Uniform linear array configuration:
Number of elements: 4
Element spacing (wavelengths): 1
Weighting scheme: hann
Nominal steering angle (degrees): -30
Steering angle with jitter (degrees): -31.869
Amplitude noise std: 0.05
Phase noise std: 0.05

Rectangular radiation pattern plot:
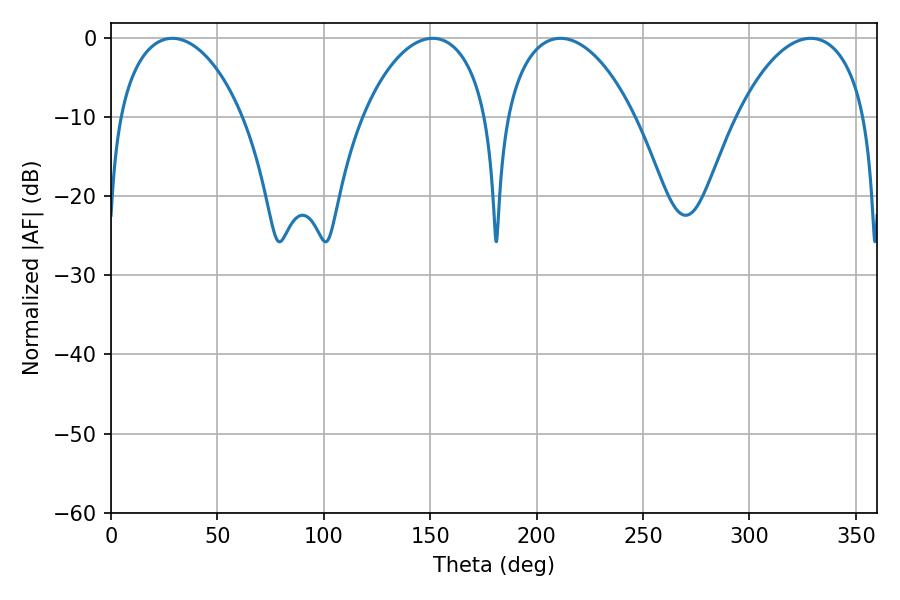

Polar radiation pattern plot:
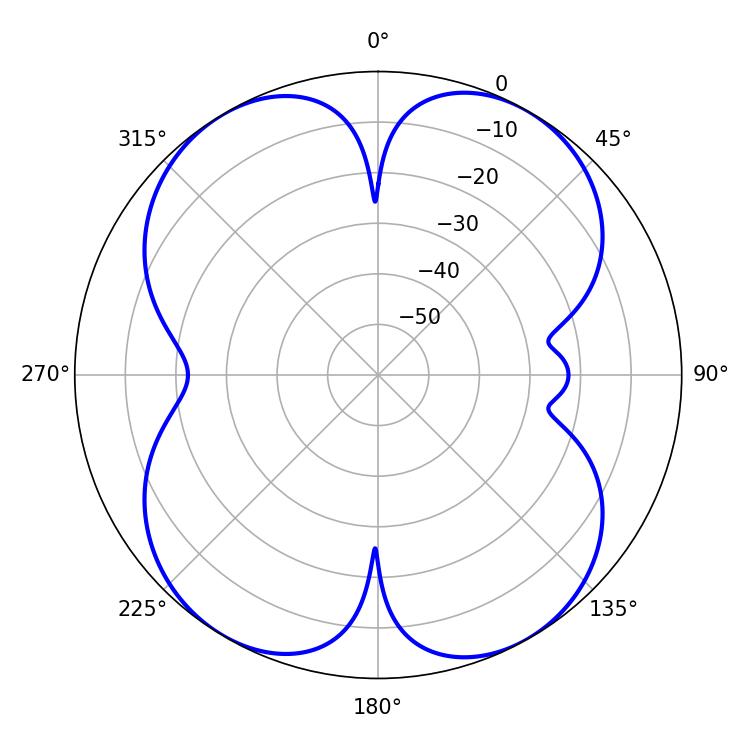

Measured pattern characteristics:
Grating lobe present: TRUE
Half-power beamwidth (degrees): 33.48
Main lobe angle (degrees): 28.8